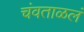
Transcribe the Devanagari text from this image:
चंवताळलं